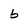
Character: b